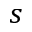
_ s